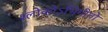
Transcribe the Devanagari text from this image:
श्लोकोऽभिगीतो